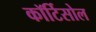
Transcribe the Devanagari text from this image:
कॉर्टिसोल